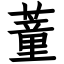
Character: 蕫